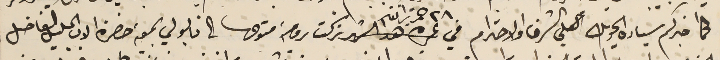
كما اخبركم سيادة الحويك الكلي الشرف والاحترام في ٢٨ حزيران تركت رومية متوحها الى نابولي بمعية حضرة الاب الجليل الفاضل